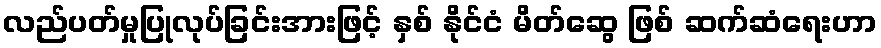
လည်ပတ်မှုပြုလုပ်ခြင်းအားဖြင့် နှစ် နိုင်ငံ မိတ်ဆွေ ဖြစ် ဆက်ဆံရေးဟာ